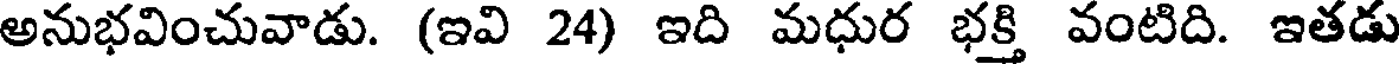
అనుభవించువాడు. (ఇవి 24) ఇది మధుర భక్తి వంటిది. ఇతడు